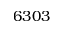
6 3 0 3